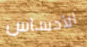
الأحساس